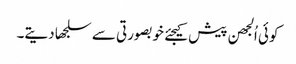
کوئی اُلجھن پیش کیجئے خوبصورتی سے سلجھا دیتے۔